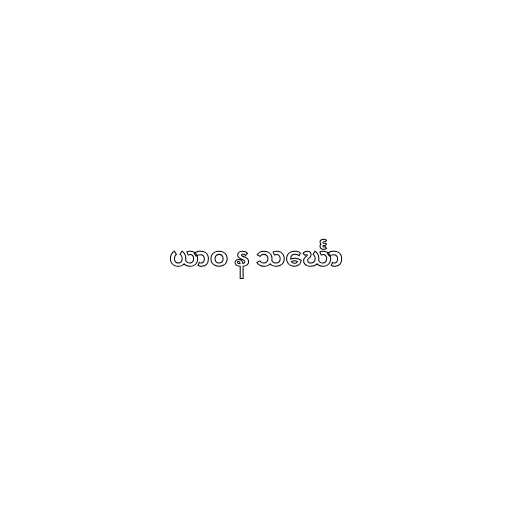
ယာဝ န သင်္ဃော